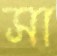
সা